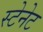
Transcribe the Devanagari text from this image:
स्टेनेट